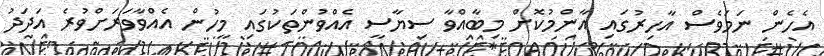
އެހެން ނަމަވެސް އާހިރުގައި އާންމުކޮށް މިބާއްވާ ސިޔާސީ އެއްވުންތަކުގައި މީހުން އެއްވާވަރަށްވުރެ އަދަދު